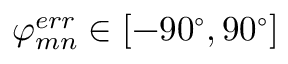
\varphi _ { m n } ^ { e r r } \in [ - 9 0 ^ { \circ } , 9 0 ^ { \circ } ]